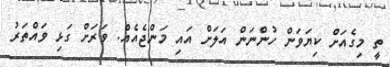
ތީ މިގެއަށް ކިޔަވަން ހުންނަން އަލަށް އައި މަންޖެއެއް. ވަރަށް ގަޅި ވައްތަރު